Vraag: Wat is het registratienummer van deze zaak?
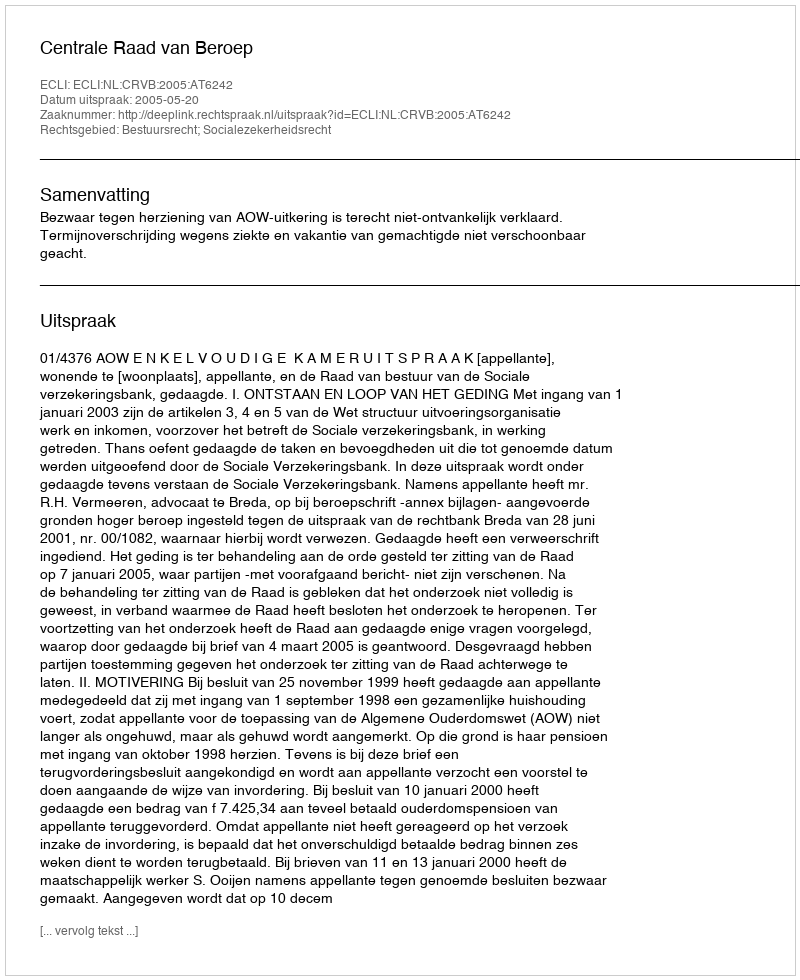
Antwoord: http://deeplink.rechtspraak.nl/uitspraak?id=ECLI:NL:CRVB:2005:AT6242